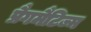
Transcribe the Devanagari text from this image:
प्रैगमैटिज्म